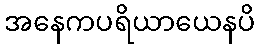
အနေကပရိယာယေနပိ